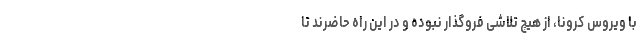
با ویروس کرونا، از هیچ تلاشی فروگذار نبوده و در این راه حاضرند تا